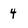
Character: 4